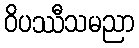
ဝိပဿီသမညာ